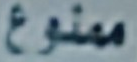
ممنوع